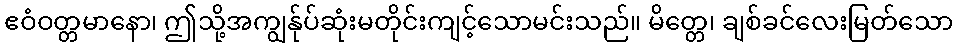
ဧဝံဝတ္တမာနော၊ ဤသို့အကျွန်ုပ်ဆုံးမတိုင်းကျင့်သောမင်းသည်။ မိတ္တေ၊ ချစ်ခင်လေးမြတ်သော